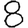
Digit: 8